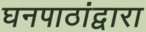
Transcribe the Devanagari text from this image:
घनपाठांद्वारा